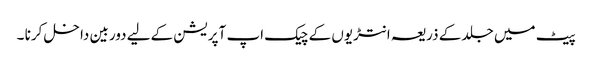
پیٹ میں جلد کے ذریعہ انتڑیوں کے چیک اپ آپریشن کےلیے دوربین داخل کرنا ۔